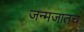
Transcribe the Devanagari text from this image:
जन्मजातच